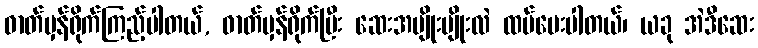
ဓာတ်မှန်ရိုက်ကြည့်ပါတယ်, ဓာတ်မှန်ရိုက်ပြီး ဆေးအမျိုးမျိုးလဲ ထပ်ပေးပါတယ်၊ ယခု အဲဒီဆေး